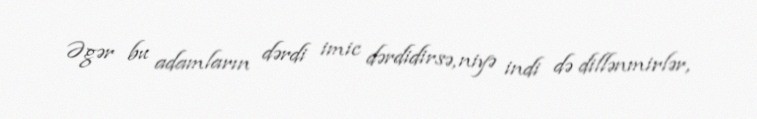
Əgər bu adamların dərdi imic dərdidirsə, niyə indi də dillənmirlər,